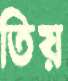
তিয়